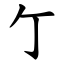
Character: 亇